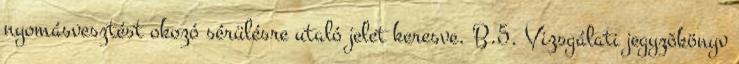
nyomásvesztést okozó sérülésre utaló jelet keresve. B.5. Vizsgálati jegyzõkönyv